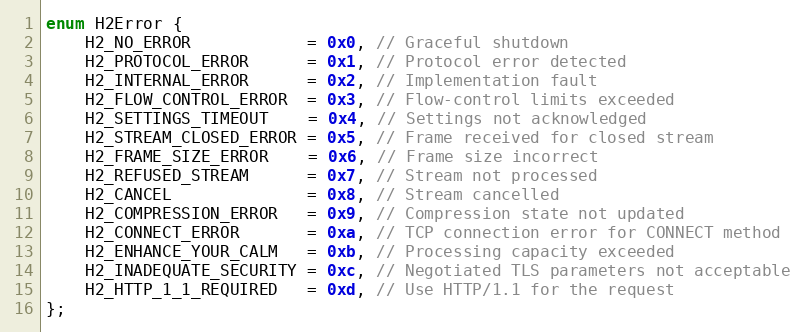
Language: C
enum H2Error {
    H2_NO_ERROR            = 0x0, // Graceful shutdown
    H2_PROTOCOL_ERROR      = 0x1, // Protocol error detected
    H2_INTERNAL_ERROR      = 0x2, // Implementation fault
    H2_FLOW_CONTROL_ERROR  = 0x3, // Flow-control limits exceeded
    H2_SETTINGS_TIMEOUT    = 0x4, // Settings not acknowledged
    H2_STREAM_CLOSED_ERROR = 0x5, // Frame received for closed stream
    H2_FRAME_SIZE_ERROR    = 0x6, // Frame size incorrect
    H2_REFUSED_STREAM      = 0x7, // Stream not processed
    H2_CANCEL              = 0x8, // Stream cancelled
    H2_COMPRESSION_ERROR   = 0x9, // Compression state not updated
    H2_CONNECT_ERROR       = 0xa, // TCP connection error for CONNECT method
    H2_ENHANCE_YOUR_CALM   = 0xb, // Processing capacity exceeded
    H2_INADEQUATE_SECURITY = 0xc, // Negotiated TLS parameters not acceptable
    H2_HTTP_1_1_REQUIRED   = 0xd, // Use HTTP/1.1 for the request
};